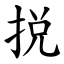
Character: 捝